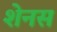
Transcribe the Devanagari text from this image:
शेनस